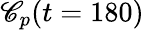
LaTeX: \mathscr{C}_{p}(t=180)